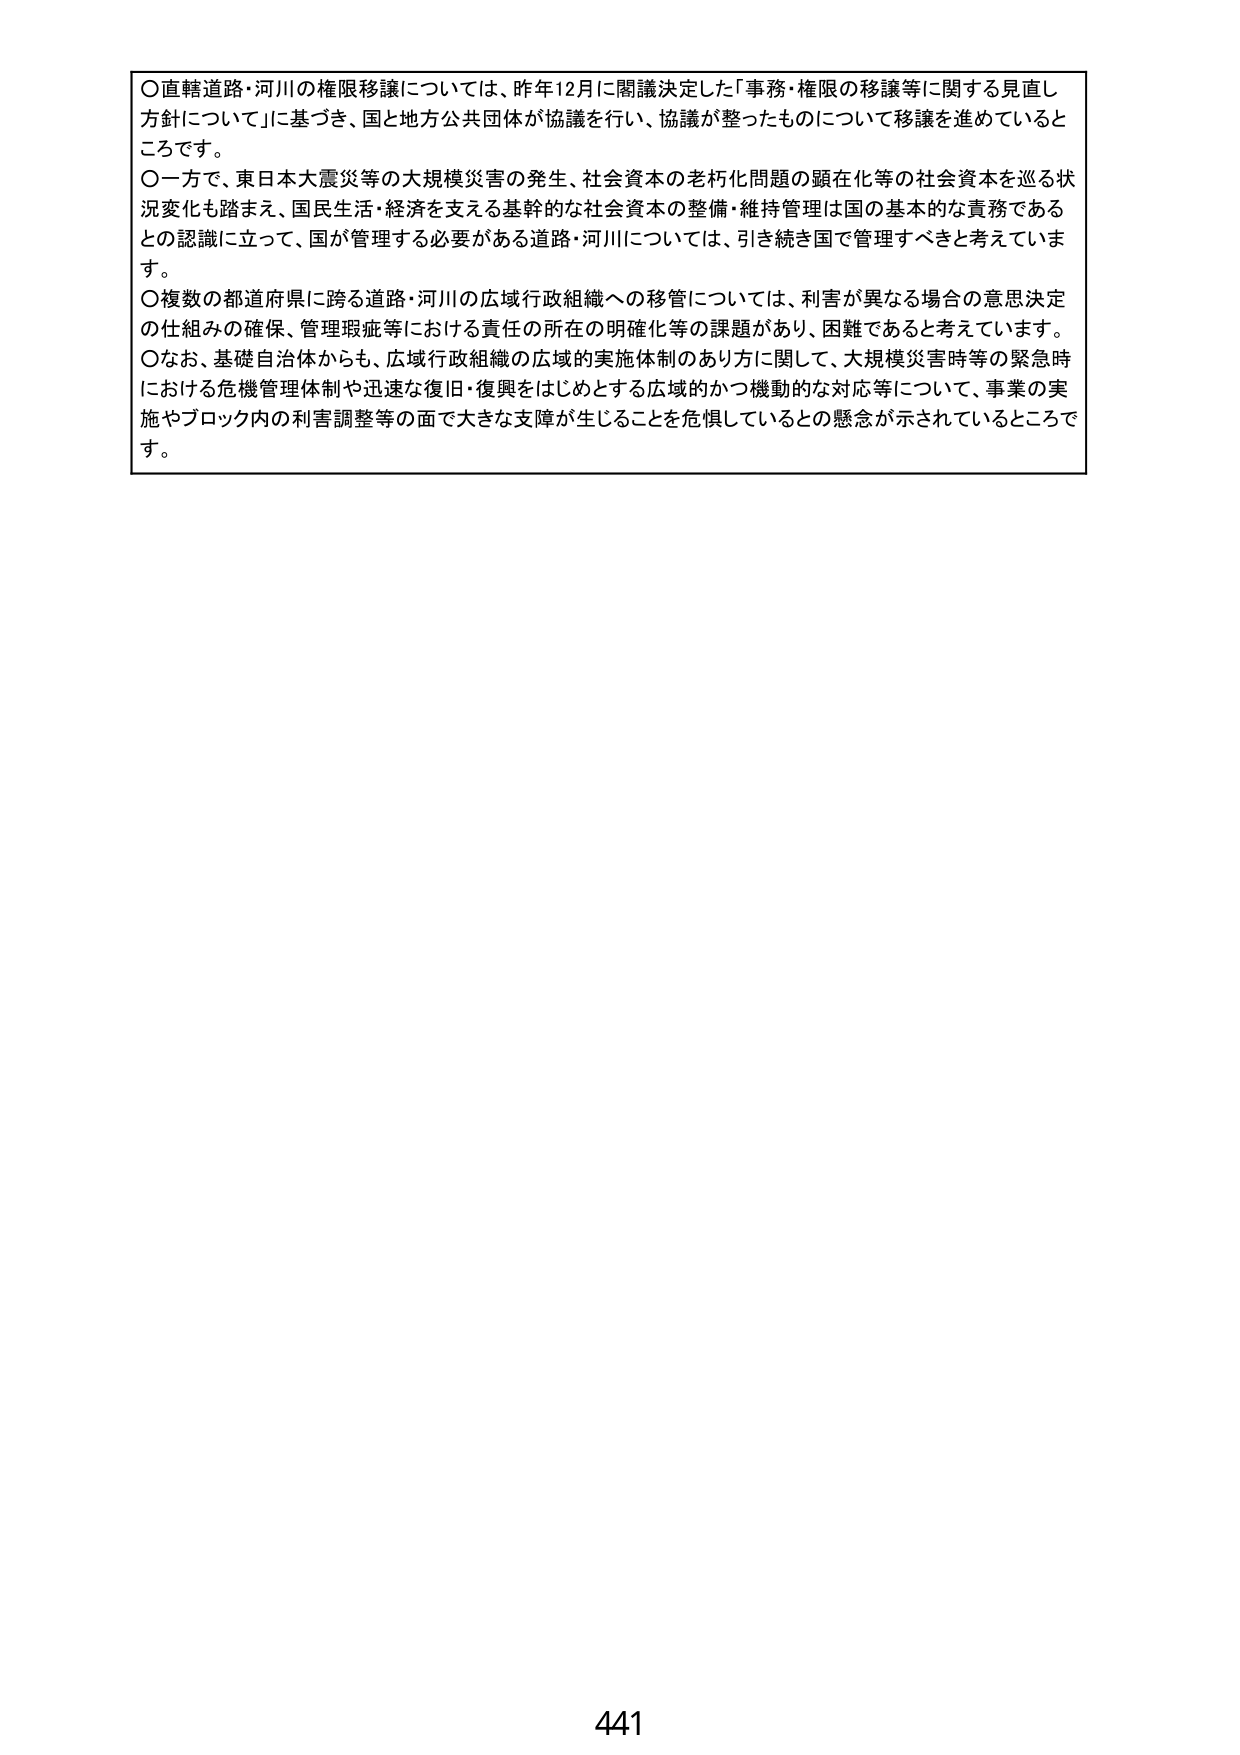
○直轄道路・河川の権限移譲については、昨年12月に閣議決定した「事務・権限の移譲等に関する見直し方針について」に基づき、国と地方公共団体が協議を行い、協議が整ったものについて移譲を進めているところです。

○一方で、東日本大震災等の大規模災害の発生、社会資本の老朽化問題の顕在化等の社会資本を巡る状況変化も踏まえ、国民生活・経済を支える基幹的な社会資本の整備・維持管理は国の基本的な責務であるとの認識に立って、国が管理する必要がある道路・河川については、引き続き国で管理すべきと考えています。

○複数の都道府県に跨る道路・河川の広域行政組織への移管については、利害が異なる場合の意思決定の仕組みの確保、管理瑕疵等における責任の所在の明確化等の課題があり、困難であると考えています。

○なお、基礎自治体からも、広域行政組織の広域的実施体制のあり方に関して、大規模災害時等の緊急時における危機管理体制や迅速な復旧・復興をはじめとする広域的かつ機動的な対応等について、事業の実施やブロック内の利害調整等の面で大きな支障が生じることを危惧しているとの懸念が示されているところです。

441